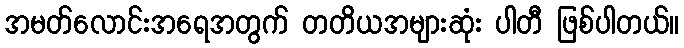
အမတ်လောင်းအရေအတွက် တတိယအများဆုံး ပါတီ ဖြစ်ပါတယ်။